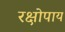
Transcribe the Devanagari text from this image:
रक्षोपाय